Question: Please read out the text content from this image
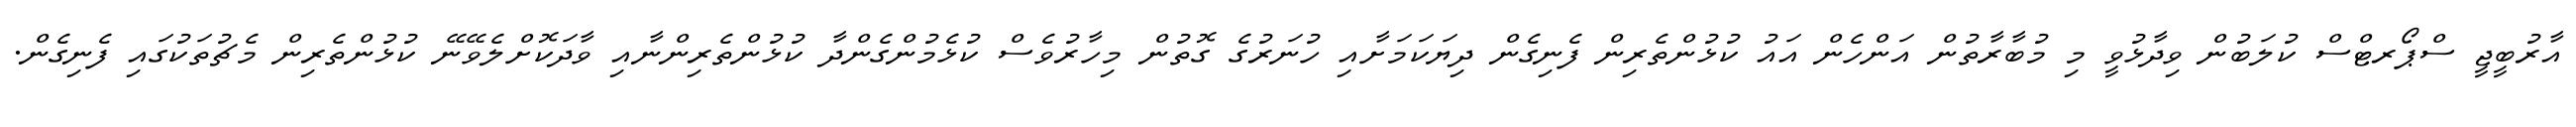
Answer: އާރުބީޖީ ސްޕޯރޓްސް ކުލަބުން ވިދާޅުވީ މި މުބާރާތުން އަންހެން އައު ކުޅުންތެރިން ފެނިގެން ދިޔަކަމަށާއި ހުނަރުގެ ގޮތުން މިހާރުވެސް ކުޅެމުންގެންދާ ކުޅުންތެރިންނާއި ވާދަކޮށްލެވޭނޭ ކުޅުންތެރިން މެޗުތަކުގައި ފެނިގެން.